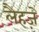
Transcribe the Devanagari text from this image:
लैहज़े